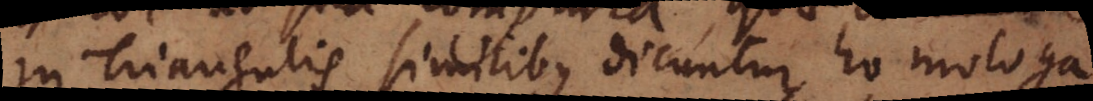
in Triangulis similibus dicuntur homologa